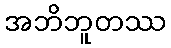
အဘိဘူတဿ